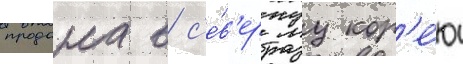
продана в с'е́в'ернуу кор'е́ю